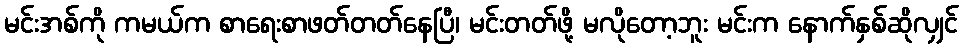
မင်းအစ်ကို ကမယ်က စာရေးစာဖတ်တတ်နေပြီ၊ မင်းတတ်ဖို့ မလိုတော့ဘူး မင်းက နောက်နှစ်ဆိုလျှင်